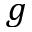
g